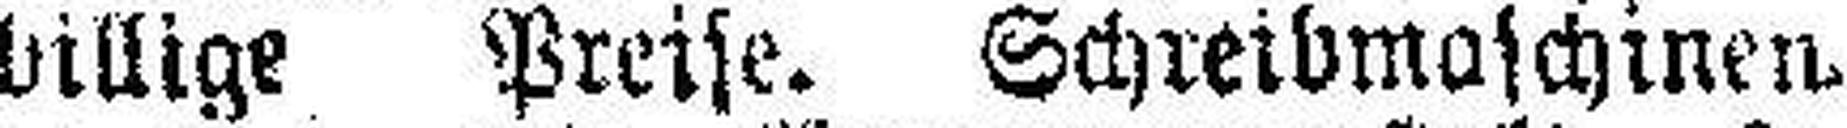
billige Preise. Schreibmaschinen¬